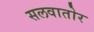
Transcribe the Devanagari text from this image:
सलवातोर